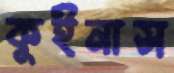
কুইনাস